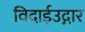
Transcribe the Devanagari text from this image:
विदाईउद्गार